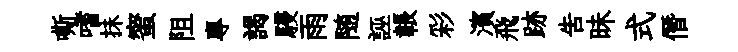
嘶嗜抺蜜阻專謁駸雨随誣韔彩濱飛跡告昧式僭